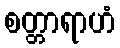
စတ္တာရာဟံ